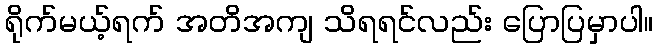
ရိုက်မယ့်ရက် အတိအကျ သိရရင်လည်း ပြောပြမှာပါ။